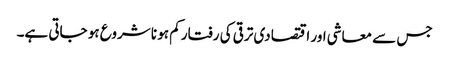
جس سے معاشی اور اقتصادی ترقی کی رفتار کم ہو نا شروع ہو جاتی ہے۔